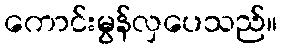
ကောင်းမွန်လှပေသည်။